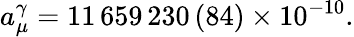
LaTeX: a_{\mu}^{\gamma}=11\, 659\, 230\, (84)\times 10^{-10}.